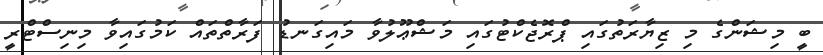
ބީ މިޝަންގެ މި ޒިޔާރަތުގައި ޕްރޮޖެކްޓުގައި މަޝްޢޫލުވާ މައިގަނޑު ފަރާތްތައް ކަމުގައިވާ މިނިސްޓްރީ